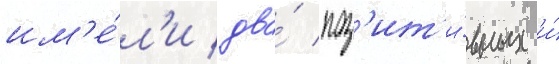
им'е́л'и два́ поз'ит'и́вных и́